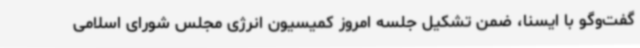
گفت‌وگو با ایسنا، ضمن تشکیل جلسه امروز کمیسیون انرژی مجلس شورای اسلامی